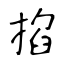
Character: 掐